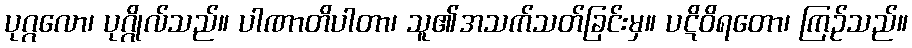
ပုဂ္ဂလော၊ ပုဂ္ဂိုလ်သည်။ ပါဏာတိပါတာ၊ သူ၏အသက်သတ်ခြင်းမှ။ ပဋိဝိရတော၊ ကြဉ်သည်။